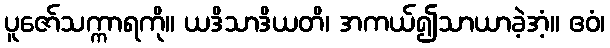
ပူဇော်သက္ကာရကို။ ယဒိသာဒိယတိ၊ အကယ်၍သာယာခဲ့အံ့။ ဧဝံ၊